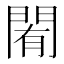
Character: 𨴜